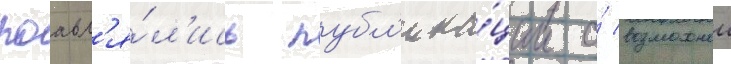
поавл'я́л'ись публ'ика́ции о́ возможнои